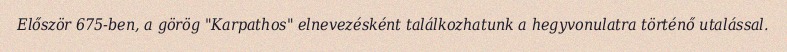
Először 675-ben, a görög "Karpathos" elnevezésként találkozhatunk a hegyvonulatra történő utalással.